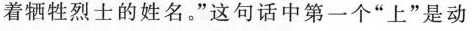
着牺牲烈士的姓名。”这句话中第一个”上”是动